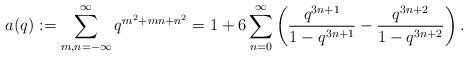
LaTeX: \begin{align*}a(q):=\sum_{m,n={-\infty}}^\infty q^{m^2+mn+n^2}=1+6\sum_{n=0}^\infty \left(\dfrac{q^{3n+1}}{1-q^{3n+1}}-\dfrac{q^{3n+2}}{1-q^{3n+2}}\right).\end{align*}